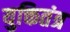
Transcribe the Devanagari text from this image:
युक्तितंत्र